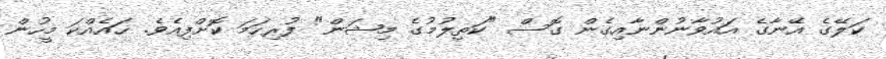
ކަލޭގެ އޭނާގެ އައުވާނުންނާއިގެން ގޮސް "ކަތިލުމުގެ މިޝަން" ފުރިހަމަ ކޮށްފިއެވެ. ހައެއްކަ މީހުން